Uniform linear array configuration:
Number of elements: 8
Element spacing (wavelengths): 0.5
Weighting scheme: exponential
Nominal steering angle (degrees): -60
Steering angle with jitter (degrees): -58.732
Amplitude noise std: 0.05
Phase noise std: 0.05

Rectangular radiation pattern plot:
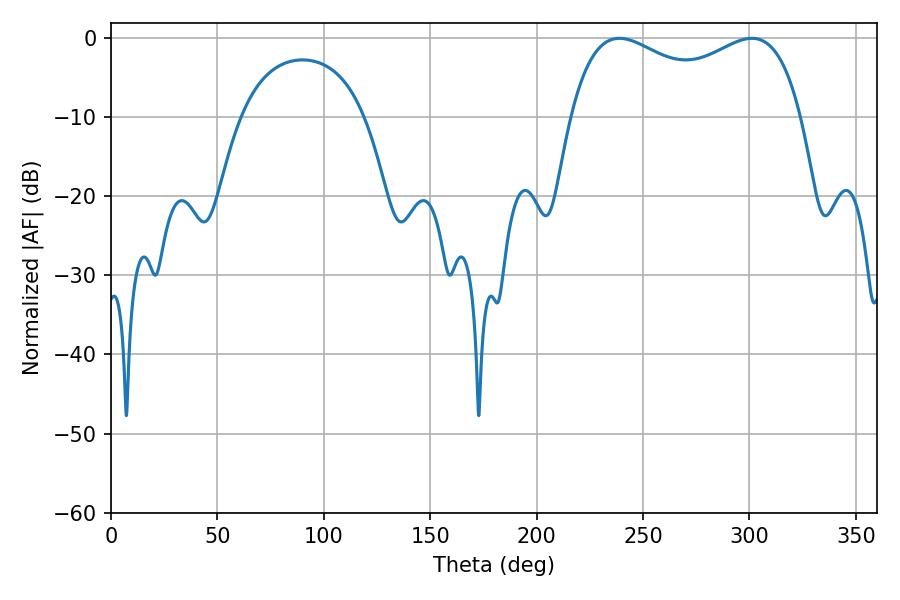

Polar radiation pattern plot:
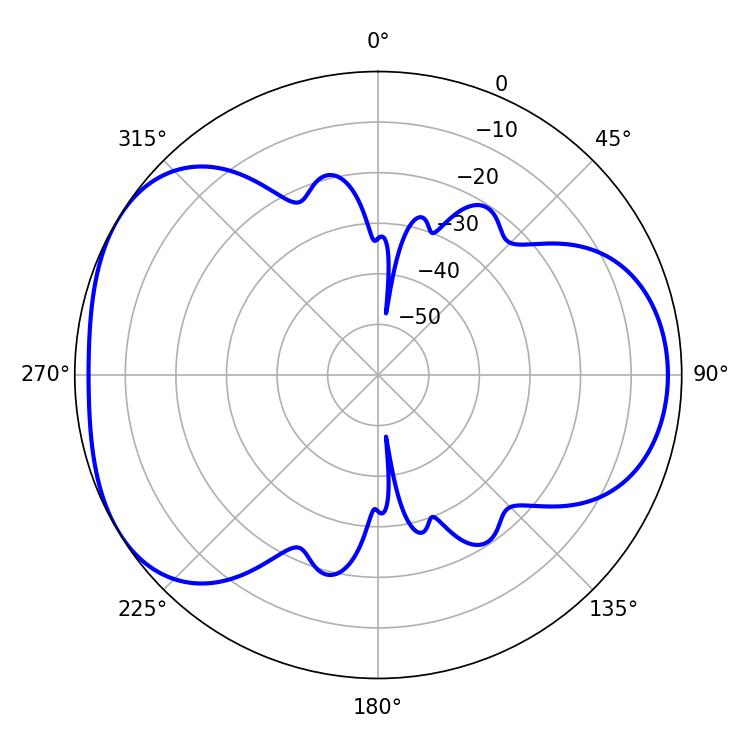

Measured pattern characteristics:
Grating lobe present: FALSE
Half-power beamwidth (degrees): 90
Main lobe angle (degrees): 238.86